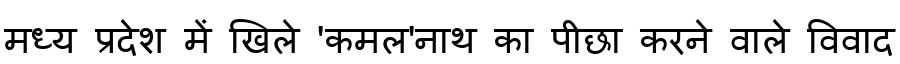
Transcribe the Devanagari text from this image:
मध्य प्रदेश में खिले 'कमल'नाथ का पीछा करने वाले विवाद